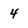
Character: 4